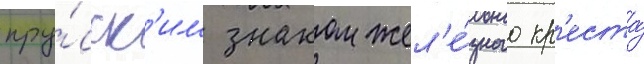
пру́сск'им знаком жел'е́зного кр'еста́